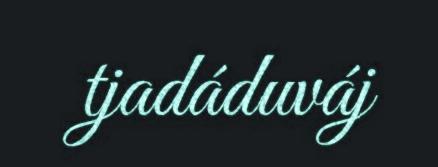
tjadáduváj